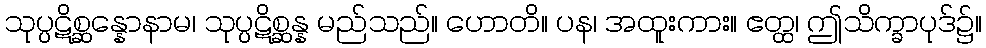
သုပ္ပဋိစ္ဆန္နောနာမ၊ သုပ္ပဋိစ္ဆန္န မည်သည်။ ဟောတိ။ ပန၊ အထူးကား။ ဧတ္ထ၊ ဤသိက္ခာပုဒ်၌။